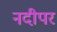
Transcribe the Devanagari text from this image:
नदीपर